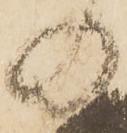
の